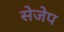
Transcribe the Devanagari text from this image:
सेजेप